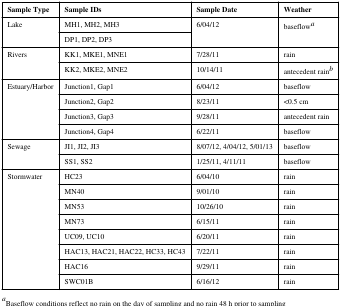
<table><thead><tr><td><b>Sample Type</b></td><td><b>Sample IDs</b></td><td><b>Sample Date</b></td><td><b>Weather</b></td></tr></thead><tbody><tr><td rowspan="2">Lake</td><td>MH1, MH2, MH3</td><td rowspan="2">6/04/12</td><td rowspan="2">baseflowa</td></tr><tr><td>DP1, DP2, DP3</td></tr><tr><td rowspan="2">Rivers</td><td>KK1, MKE1, MNE1</td><td>7/28/11</td><td>rain</td></tr><tr><td>KK2, MKE2, MNE2</td><td>10/14/11</td><td>antecedent rainb</td></tr><tr><td rowspan="4">Estuary/Harbor</td><td>Junction1, Gap1</td><td>6/04/12</td><td>baseflow</td></tr><tr><td>Junction2, Gap2</td><td>8/23/11</td><td>&lt;0.5 cm</td></tr><tr><td>Junction3, Gap3</td><td>9/28/11</td><td>antecedent rain</td></tr><tr><td>Junction4, Gap4</td><td>6/22/11</td><td>baseflow</td></tr><tr><td rowspan="2">Sewage</td><td>JI1, JI2, JI3</td><td>8/07/12, 4/04/12, 5/01/13</td><td>baseflow</td></tr><tr><td>SS1, SS2</td><td>1/25/11, 4/11/11</td><td>baseflow</td></tr><tr><td rowspan="8">Stormwater</td><td>HC23</td><td>6/04/10</td><td>rain</td></tr><tr><td>MN40</td><td>9/01/10</td><td>rain</td></tr><tr><td>MN53</td><td>10/26/10</td><td>rain</td></tr><tr><td>MN73</td><td>6/15/11</td><td>rain</td></tr><tr><td>UC09, UC10</td><td>6/20/11</td><td>rain</td></tr><tr><td>HAC13, HAC21, HAC22, HC33, HC43</td><td>7/22/11</td><td>rain</td></tr><tr><td>HAC16</td><td>9/29/11</td><td>rain</td></tr><tr><td>SWC01B</td><td>6/16/12</td><td>rain</td></tr></tbody></table>